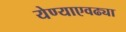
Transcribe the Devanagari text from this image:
येण्याएवढ्या